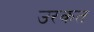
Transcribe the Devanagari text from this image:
उरकत